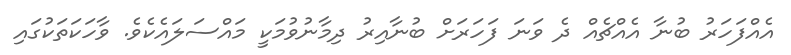
އެއްފަހަރު ބުނާ އެއްޗެއް ދެ ވަނަ ފަހަރަށް ބުނާއިރު ދިމާނުވުމަކީ މައްސަލައެކެވެ. ވާހަކަތަކުގައި